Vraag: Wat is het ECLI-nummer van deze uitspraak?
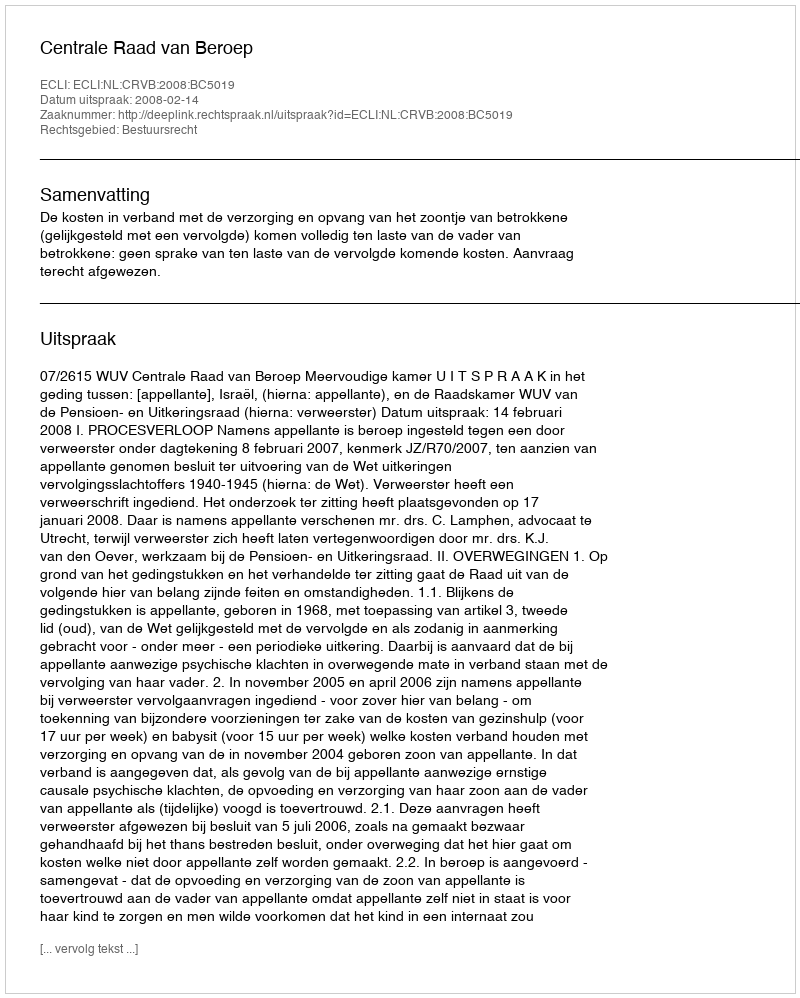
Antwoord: ECLI:NL:CRVB:2008:BC5019